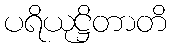
ပရိယုဋ္ဌိတာတိ